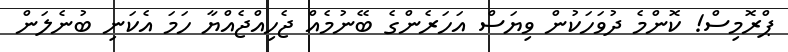
ޕްރޮމިސް! ކޮންމެ ދުވަހަކުން ވިޔަސް އަހަރެންގެ ބޭނުމެއް ޖެހިއްޖެއްޔާ ހަމަ އެކަނި ބުނެލަން